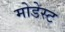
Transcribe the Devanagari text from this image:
मोडेस्ट